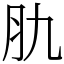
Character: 肍